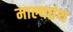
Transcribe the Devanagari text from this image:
माल्यग्रंथ